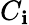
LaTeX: C_{\mathbf{i}}